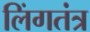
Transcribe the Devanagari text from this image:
लिंगतंत्र